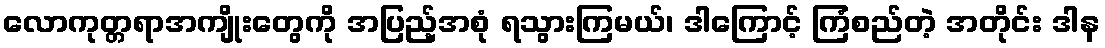
လောကုတ္တရာအကျိုးတွေကို အပြည့်အစုံ ရသွားကြမယ်၊ ဒါကြောင့် ကြံစည်တဲ့ အတိုင်း ဒါန